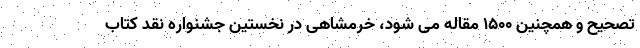
تصحیح و همچنین ۱۵۰۰ مقاله می شود، خرمشاهی در نخستین جشنواره نقد کتاب